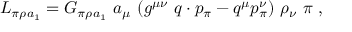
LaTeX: { \cal L } _ { \pi \rho a _ { 1 } } = G _ { \pi \rho a _ { 1 } } \ a _ { \mu } \ ( g ^ { \mu \nu } \ q \cdot p _ { \pi } - q ^ { \mu } p _ { \pi } ^ { \nu } ) \ \rho _ { \nu } \ \pi \ ,